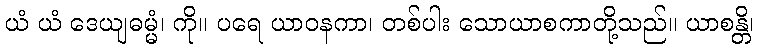
ယံ ယံ ဒေယျဓမ္မံ၊ ကို။ ပရေ ယာဝနကာ၊ တစ်ပါး သောယာစကာတို့သည်။ ယာစန္တိ၊